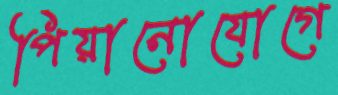
পিয়ানোযোগে